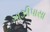
ગાઝીપાસા